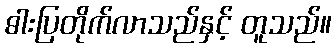
ဓါးပြတိုက်လာသည်နှင့် တူသည်။